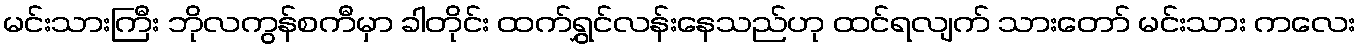
မင်းသားကြီး ဘိုလကွန်စကီမှာ ခါတိုင်း ထက်ရွှင်လန်းနေသည်ဟု ထင်ရလျက် သားတော် မင်းသား ကလေး